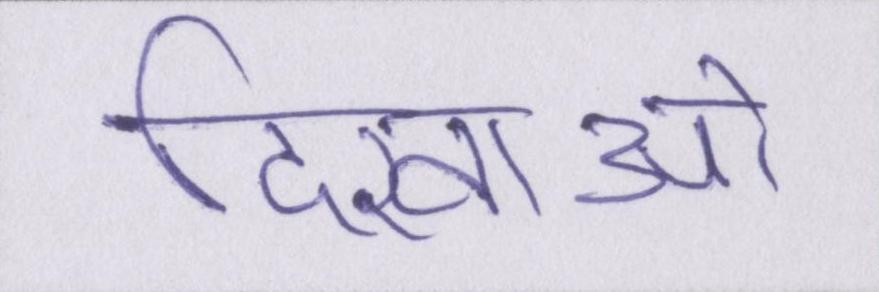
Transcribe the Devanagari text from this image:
दिखाओ